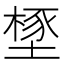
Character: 𣗃